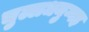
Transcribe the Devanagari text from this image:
चुल्लधनुग्गह